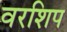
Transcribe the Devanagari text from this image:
वरशिप